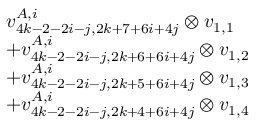
\begin{array} { r l } & { v _ { 4 k - 2 - 2 i - j , 2 k + 7 + 6 i + 4 j } ^ { A , i } \otimes v _ { 1 , 1 } } \\ & { + v _ { 4 k - 2 - 2 i - j , 2 k + 6 + 6 i + 4 j } ^ { A , i } \otimes v _ { 1 , 2 } } \\ & { + v _ { 4 k - 2 - 2 i - j , 2 k + 5 + 6 i + 4 j } ^ { A , i } \otimes v _ { 1 , 3 } } \\ & { + v _ { 4 k - 2 - 2 i - j , 2 k + 4 + 6 i + 4 j } ^ { A , i } \otimes v _ { 1 , 4 } } \end{array}